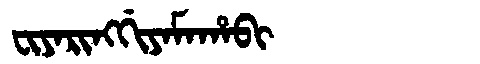
Manchu: ᠸᡳᠶᠠᡵᡳᠩᡤᡳᠶᠠᠮᠠᡥᠠᠪᡳ
Romanization: FIYARINGGIYAMAHABI